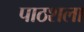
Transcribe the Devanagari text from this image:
पाठशला